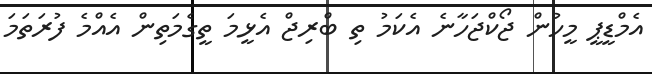
އެމްޑީޕީ މީހުން ޖޯކްޖަހާނެ އެކަމު ތި ބްރިޖް އެޅީމަ ތީގެމަތިން އެއްމެ ފުރަތަމަ